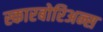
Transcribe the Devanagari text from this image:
स्कारबोरिअन्स